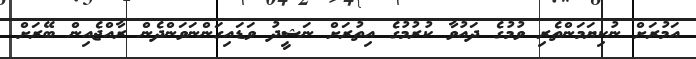
އަމުރަށް ނުކިޔަމަންތެރި ވުމުގެ ދައުވާ ކުރުމުގެ އިތުރަށް ނަޝީދު ވަޑައިގަންނަވަންދެން ރާއްޖެއިން ބޭރަށް